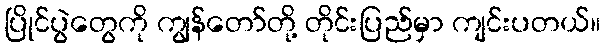
ပြိုင်ပွဲတွေကို ကျွန်တော်တို့ တိုင်းပြည်မှာ ကျင်းပတယ်။